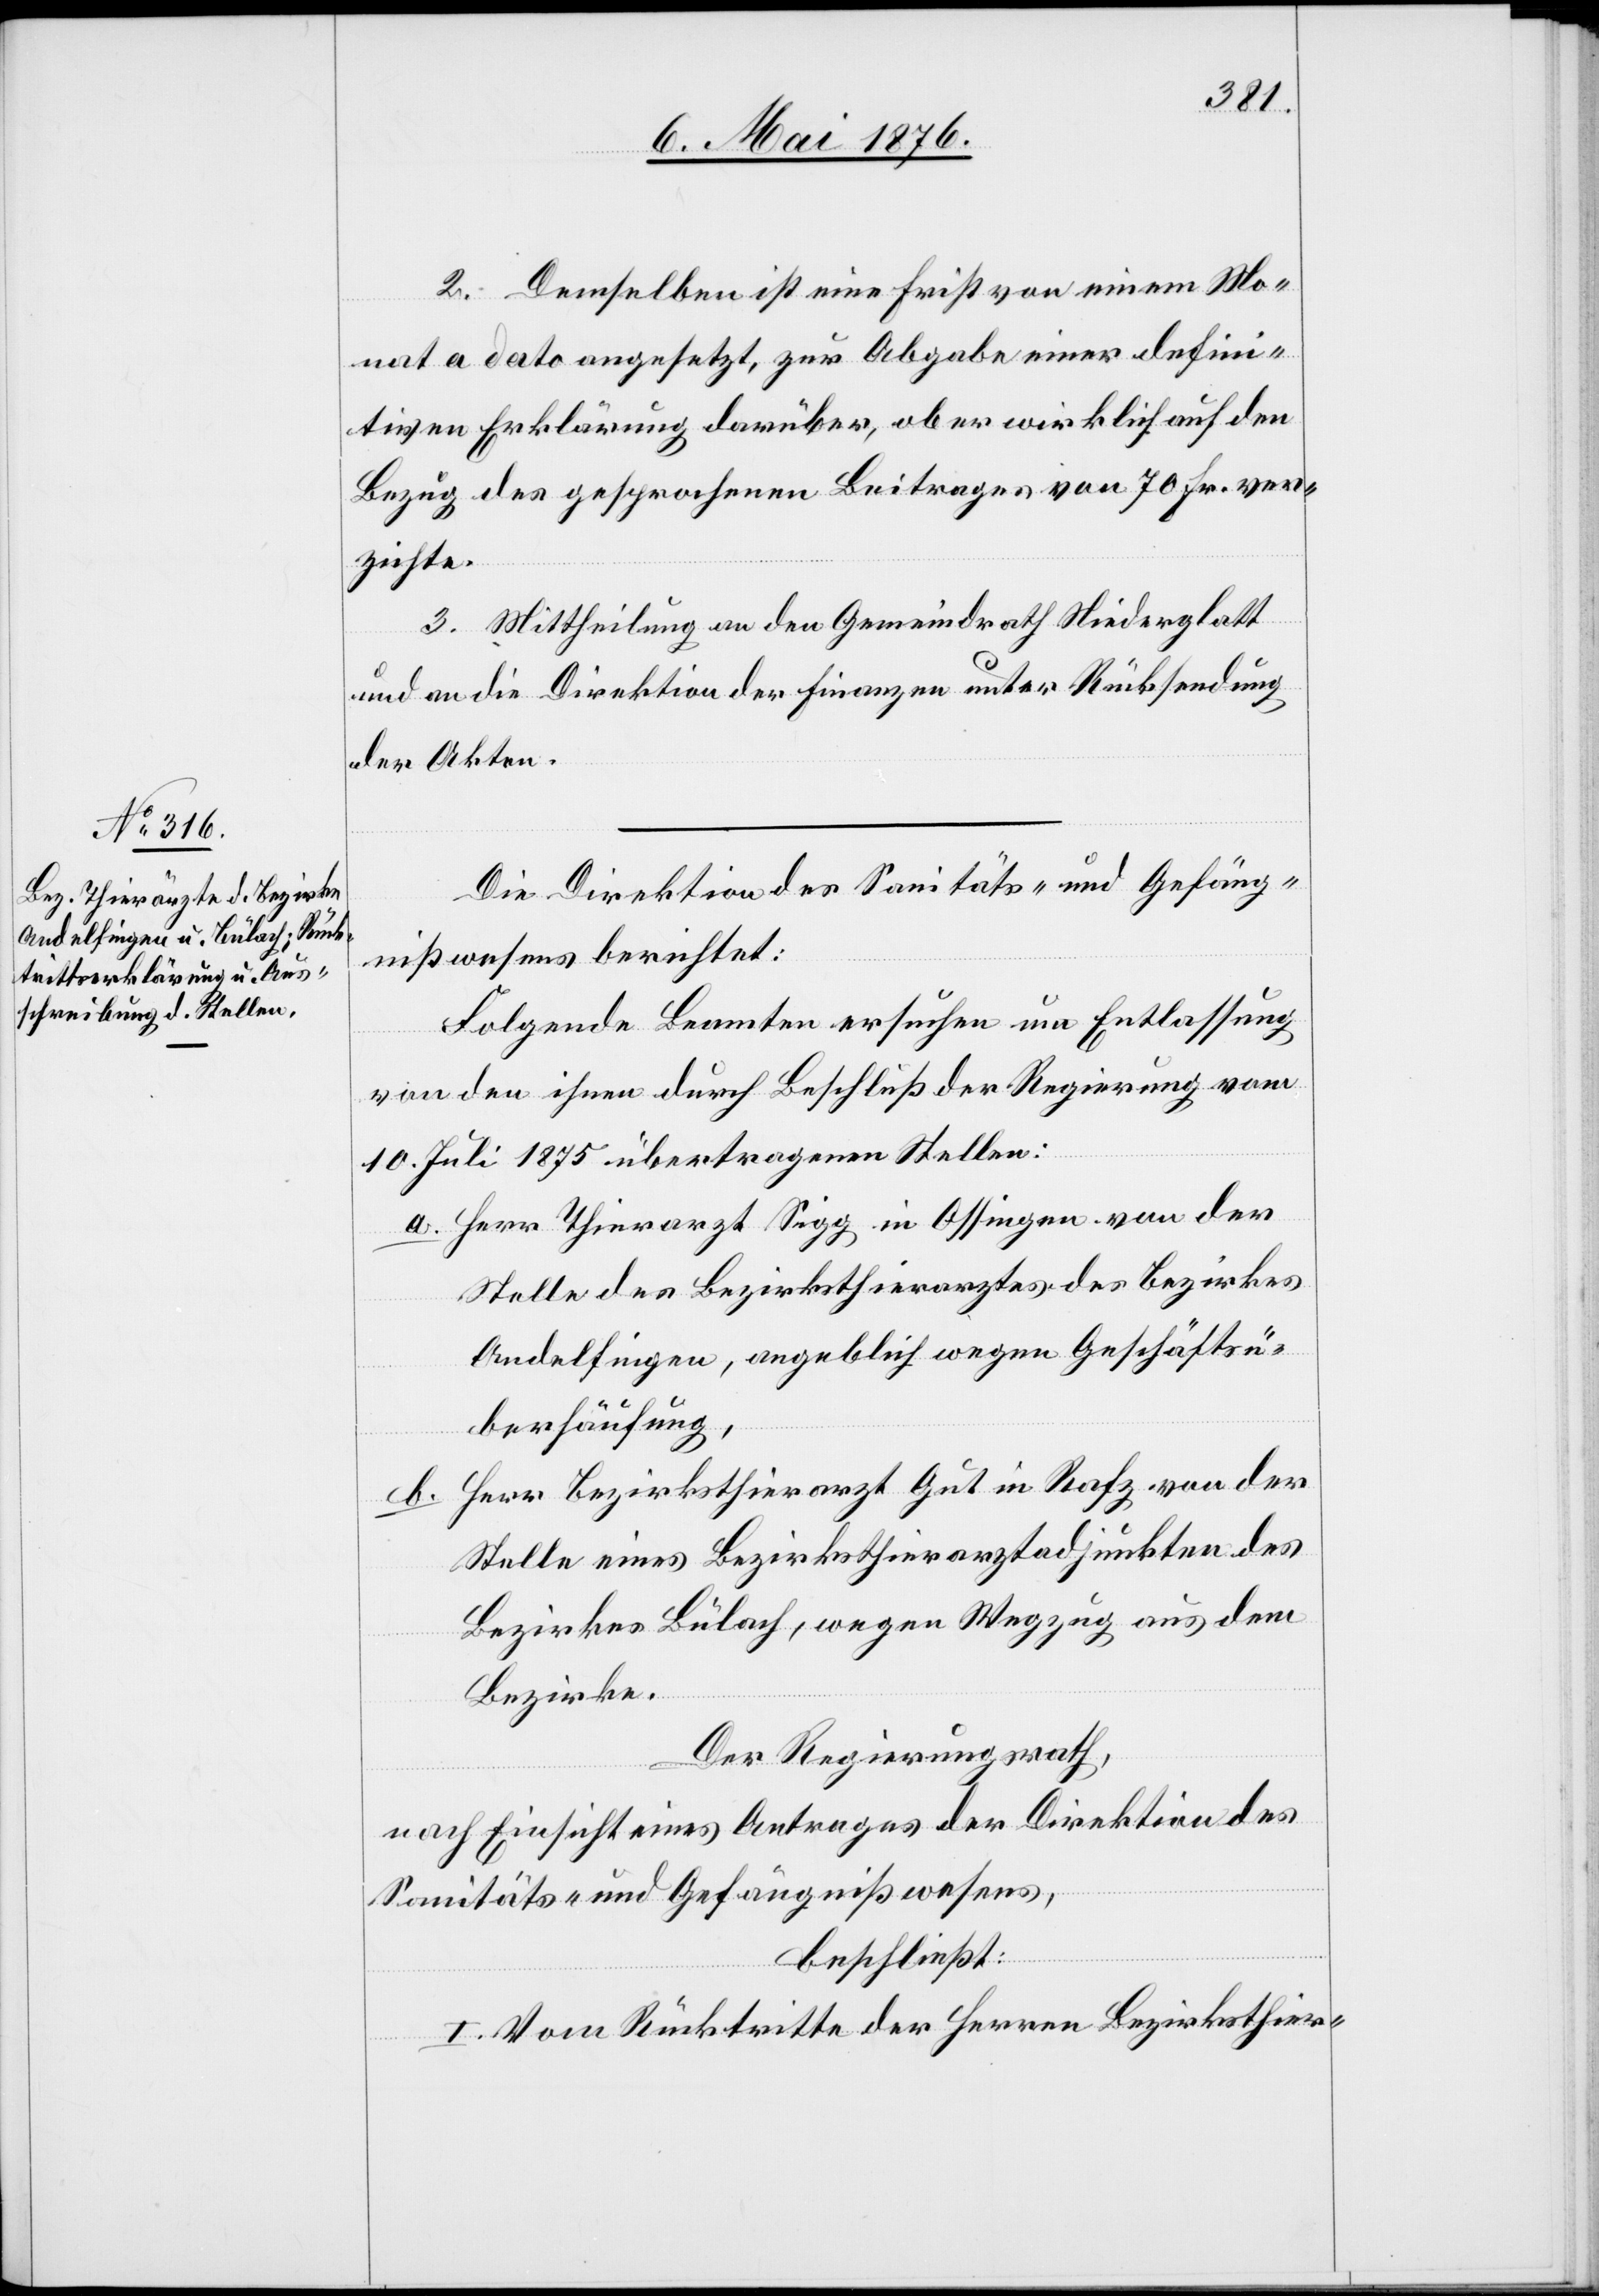
2. Demselben ist eine Frist von einem Mo¬
nat a dato angesetzt, zur Abgabe einer defini¬
tiven Erklärung darüber, ob er wirklich auf den
Bezug des gesprochenen Beitrages von 70 Fr. ver¬
zichte.
3. Mittheilung an den Gemeindrath Niederglatt
und an die Direktion der Finanzen unter Rücksendung
der Akten.
Die Direktion des Sanitäts- und Gefäng¬
nißwesens berichtet:
Folgende Beamten ersuchen um Entlassung
von den ihnen durch Beschluß der Regierung vom
10. Juli 1875 übertragenen Stellen:
a. Herr Thierarzt Sigg in Ossingen von der
Stelle des Bezirksthierarztes des Bezirkes
Andelfingen, angeblich wegen Geschäftsü¬
berhäufung,
Herr Bezirksthierarzt Gut in Rafz von der
b.
Stelle eines Bezirksthierarztadjunkten des
Bezirkes Bülach, wegen Wegzug aus dem
Bezirke.
Der Regierungsrath,
nach Einsicht eines Antrages der Direktion des
Sanitäts- und Gefängnißwesens,
beschließt:
I. Vom Rücktritte der Herren Bezirksthier-